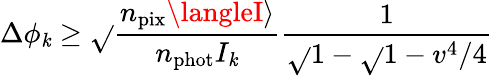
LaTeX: \Delta\phi_{\mathit{k}}\ge\sqrt{}{{\frac{{n_{\mathrm{{pix}}}\langleI\rangle}}{{n_{\mathrm{{phot}}}I_{\mathit{k}}}}}}\frac{{1}}{{\sqrt{}{{1-\sqrt{}{{1-v^{4}/4}}}}}}